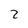
Character: z